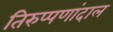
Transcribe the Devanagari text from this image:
तिरुप्पणांदाल